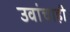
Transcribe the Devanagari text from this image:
उवांचाही